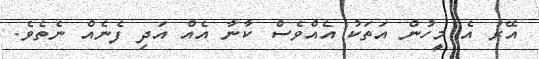
އޭރު އެ މީހުން އަތަކު އެއްވެސް ކާނާ އެއް އަދި ފެނެއް ނެތެވެ.